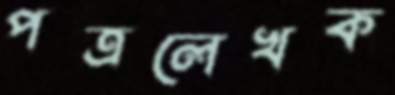
পত্রলেখক